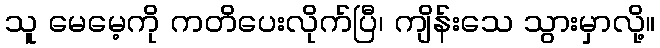
သူ မေမေ့ကို ကတိပေးလိုက်ပြီ၊ ကျိန်းသေ သွားမှာလို့။